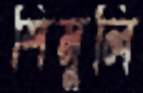
শিমুলি